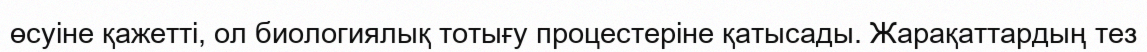
өсуіне қажетті, ол биологиялық тотығу процестеріне қатысады. Жарақаттардың тез